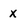
Character: x